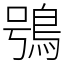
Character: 鴞